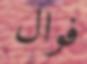
فوال